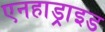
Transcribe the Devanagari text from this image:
एनहाड्राइड